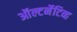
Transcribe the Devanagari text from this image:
ऑल्टर्नेटिव्ह